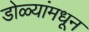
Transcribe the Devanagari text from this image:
डोळ्यांमधून